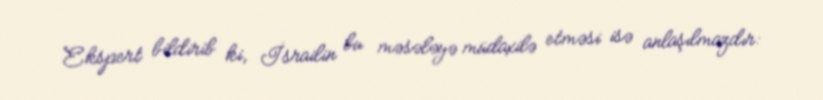
Ekspert bildirib ki, İsrailin bu məsələyə müdaxilə etməsi isə anlaşılmazdır: